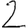
Digit: 2